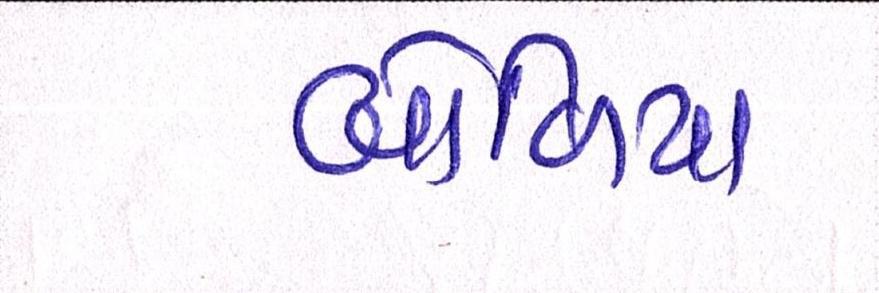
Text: બોળિયા